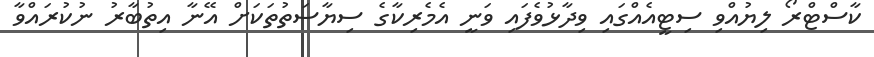
ކާސްޓްރޯ ލިޔުއްވި ސިޓީއެއްގައި ވިދާޅުވެފައި ވަނީ އެމެރިކާގެ ސިޔާސަތުތަކަށް އޭނާ އިތުބާރު ނުކުރައްވާ